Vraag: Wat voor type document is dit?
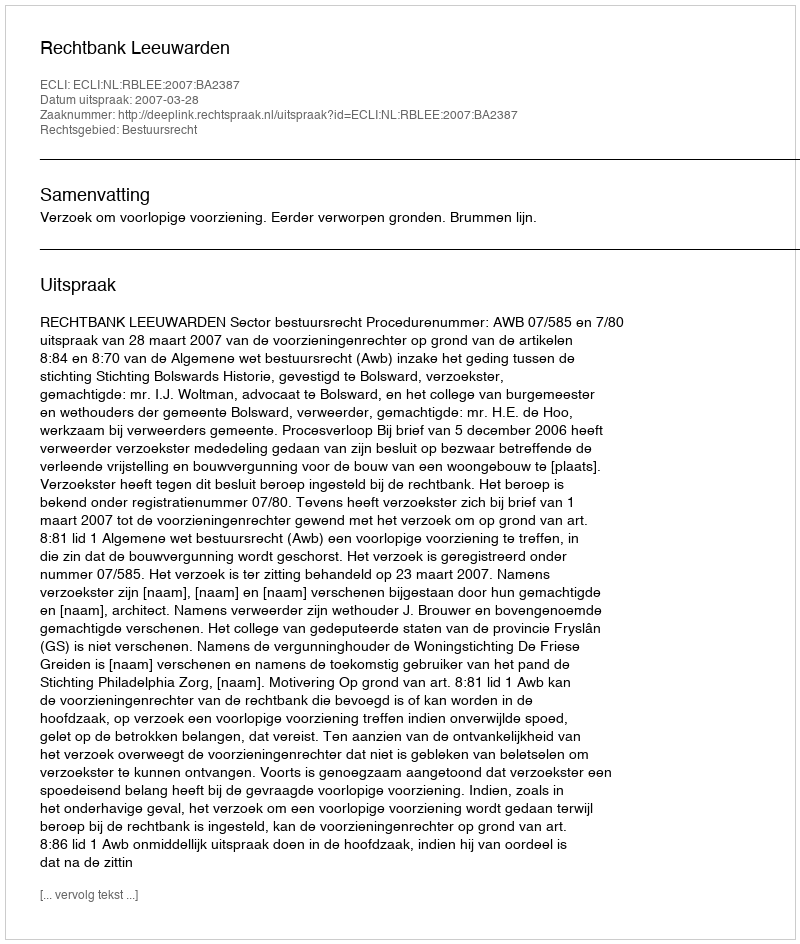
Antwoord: Uitspraak